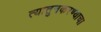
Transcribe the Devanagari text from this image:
त्यातुनकरण्याचा